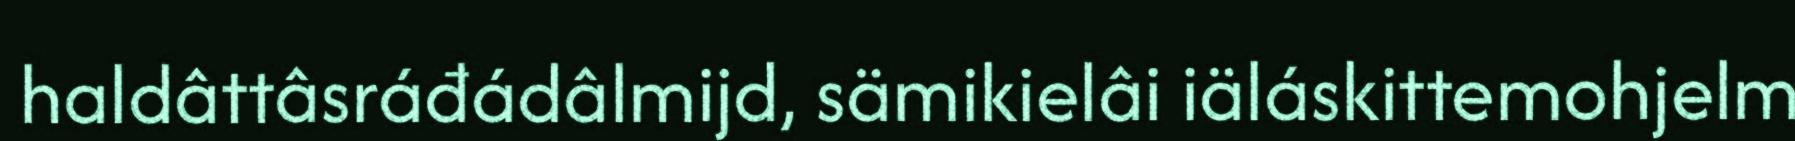
haldâttâsráđádâlmijd, sämikielâi iäláskittemohjelm